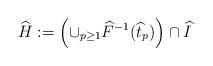
LaTeX: \begin{align*}\widehat{H}:=\left(\cup_{p\geq 1} \widehat{F}^{-1}(\widehat{t}_p)\right)\cap \widehat{I}\end{align*}